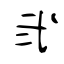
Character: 弐